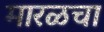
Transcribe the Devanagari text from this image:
मारळचा